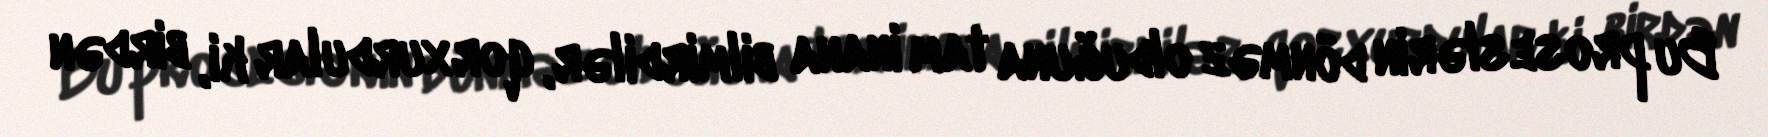
Bu proseslərin dönməz olduğuna tam inana bilmirdilər, qorxurdular ki, birdən